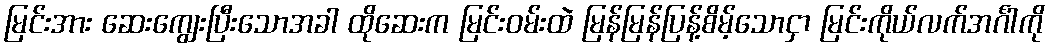
မြင်းအား ဆေးကျွေးပြီးသောအခါ ထိုဆေးက မြင်းဝမ်းထဲ မြန်မြန်ပြန့်စိမ့်သောငှာ မြင်းကိုယ်လက်အင်္ဂါကို